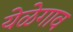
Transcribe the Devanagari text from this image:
येळेगाव